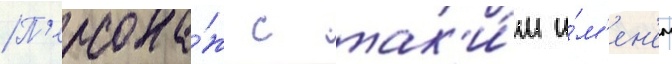
П'ерсона́ж с так'и́м и́м'ен'ем